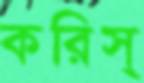
করিস্